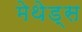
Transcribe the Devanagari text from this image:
मेथेड्स